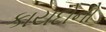
કાયદોનો